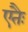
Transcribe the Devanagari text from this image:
एतैः